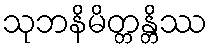
သုဘနိမိတ္တန္တိဿ